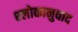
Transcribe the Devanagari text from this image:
श्‍लोकानुवाद